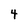
Character: 4